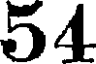
54